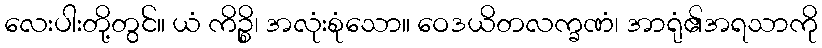
လေးပါးတို့တွင်။ ယံ ကိဉ္စိ၊ အလုံးစုံသော။ ဝေဒယိတလက္ခဏံ၊ အာရုံ၏အရသာကို